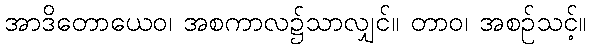
အာဒိတောယေဝ၊ အစကာလ၌သာလျှင်။ တာဝ၊ အစဉ်သင့်။